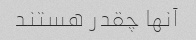
آنها چقدر هستند